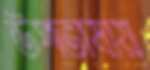
উপভাষায়